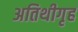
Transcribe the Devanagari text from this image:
अतिथीगृह